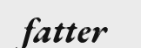
fatter